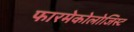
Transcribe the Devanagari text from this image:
फारमेकोलोजिस्ट